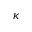
\boldsymbol { \kappa }